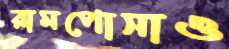
রামপোসাও